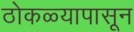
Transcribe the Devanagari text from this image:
ठोकळ्यापासून